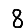
Digit: 8